Vaccination report Assam 1874-1896 - 1874-1896
Year: 1874
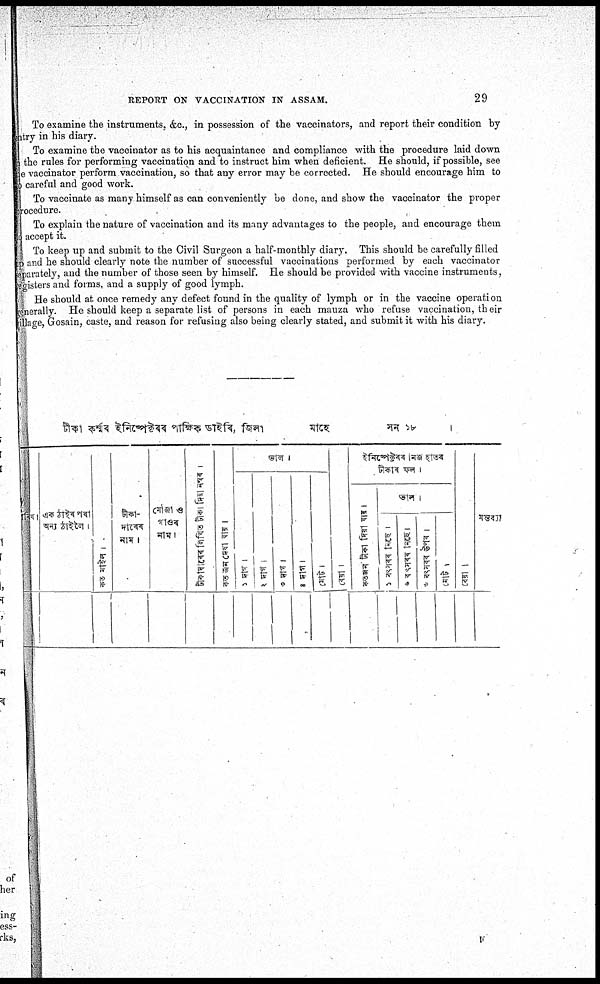
REPORT ON VACCINATION IN ASSAM.
29
To examine the instruments, &c., in possession of the vaccinators, and report their condition by
entry in his diary.
To examine the vaccinator as to his acquaintance and compliance with the procedure laid down
in the rules for performing vaccination and to instruct him when deficient. He should, if possible, see
the vaccinator perform vaccination, so that any error may be corrected. He should encourage him to
to careful and good work.
To vaccinate as many himself as can conveniently be done, and show the vaccinator the proper
procedure.
To explain the nature of vaccination and its many advantages to the people, and encourage them
to accept it.
To keep up and submit to the Civil Surgeon a half-monthly diary. This should be carefully filled
lp and he should clearly note the number of successful vaccinations performed by each vaccinator
separately, and the number of those seen by himself. He should be provided with vaccine instruments,
registers and forms, and a supply of good lymph.
He should at once remedy any defect found in the quality of lymph or in the vaccine operation
generally. He should keep a separate list of persons in each mauza who refuse vaccination, their
village, Gosain, caste, and reason for refusing also being clearly stated, and submit it with his diary.
F